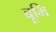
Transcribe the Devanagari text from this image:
बूमि